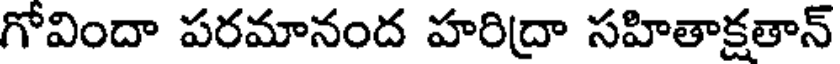
గోవిందా పరమానంద హరిద్రా సహితాక్షతాన్